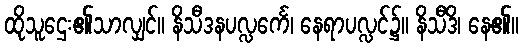
ထိုသူဌေး၏သာလျှင်။ နိသီဒနပလ္လင်္ကေ၊ နေရာပလ္လင်၌။ နိသီဒိ၊ နေ၏။